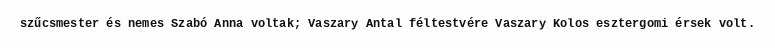
szűcsmester és nemes Szabó Anna voltak; Vaszary Antal féltestvére Vaszary Kolos esztergomi érsek volt.